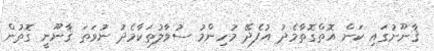
ޤާނޫނުގައި ކަން އޮތްގޮތާމެދު އުފެދޭ މުހިންމު ސުވާލުތަކާމެދު ނުވަތަ ޤާނޫނީ ގޮތުން